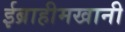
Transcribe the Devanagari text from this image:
ईब्राहीमखानी